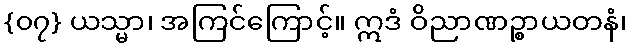
{၀၇} ယသ္မာ၊ အကြင်ကြောင့်။ ဣဒံ ဝိညာဏဉ္စာယတနံ၊